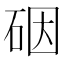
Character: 䂩